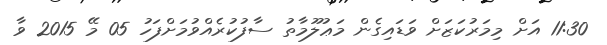
11:30 އަށް މިމަރުކަޒަށް ވަޑައިގެން މަޢުލޫމާތު ސާފުކުރެއްވުމަށްފަހު 05 މޭ 2015 ވާ